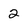
Character: 2